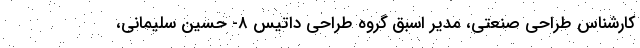
کارشناس طراحی صنعتی، مدیر اسبق گروه طراحی داتیس ۸- حسین سلیمانی،